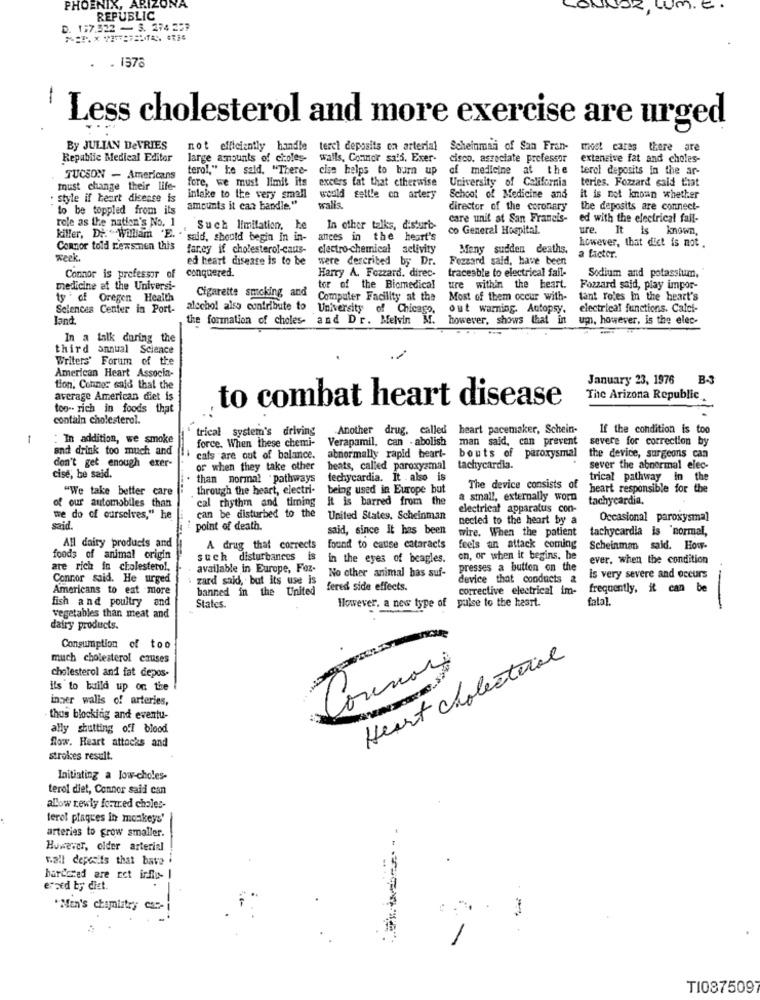
PHOENIX, ARIZONA
LU
E
REPUBLIC
:7.322 - 3. 274 227
. 1378
-
Less cholesterol and more exercise are urged
By JULIAN DeVRIES
not efficiently handle
terci deposits on arterial
Scheinmai of San Fran-
most caras there are
Republic Medical Editor
large amounts of citoles
walls, Connoir sats, Exer-
cisco, associate professor
extensive fat and choles-
terol," he said. "There-
cise helps to burn up
of medicine at the
terol deposits in the ar-
TUCSON - Americans
fore, we must limit its
excers fat that ctherwise
University of California
must change their life-
teries. Fozzard said that
: style if heart disease is
inleke to the very small
would getlle on artery
School of Medicine and
it is not known whether
to be toppled from its
amounts it can handle."
walls
director of the coronary
the deposits are connect-
care unit at San Francis-
ed with the electrical fail-
role as the nation's No. 1
killer, Di. "William 'E. . "
Such limitation, he
In other talks, disturb-
co General Hospital.
ure. It is known,
said, should begin in in-
ances in the heart's
however, that diet is not
Connor told rewsnen this
farey if cholesterol-caus-
electro chemical activity
Meny sudden deaths.
week.
ed heart disease is to be
were described by Dr.
Fozzard said, have been
a factor.
traceable to electrical fall-
Connor is professor of
conquered.
Harry A. Fozzard. direc-
Sodium and potassium,
medicine at the Universi-
tor of the Biomedical
tre within the heart.
Fozzard said, play impor-
ty * of Oregen Health
Cigarette smoking and
Computer Facility at the
Most of them occur with-
tant roles in the heart's
Sciences Center in Port-
alschol also contribute to
University of Chicago,
out warning. Autopsy.
electrical functions. Calci-
Jand.
the formation of choles- and Dr. Melvin
Mr.
however, shows that in
um, however, is the elec-
In a talk during the
third annual Science
-
Writers' Forum of the
American Heart Associa-
January 23, 1976 B-3
tion, Connor said that the
average American diet is
The Arizona Republic
too- rich in foods that
..
to combat heart disease
contain cholesterol.
trical system's driving
Another drug, called heart pacemaker, Schein-
If the condition is too
-
: In addition, we smoke
force. When these chemi-
Verapamil. can - abolish
man said, can prevent
severe for correction by
and drink too much and
don't get enough exer-
cats are out of balance.
abnormally rapid heart-
bouts of paroxysmal
the device, surgeons can
or when they take other
beats, called paroxysmal
tachycardia.
sever the abnormal elec-
cise, he said.
than normal pathways
dechycardia. It . also is
trical pathway In the
"We take better care
through the heart, electri-
being used in Europe but
The device consists of
heart responsible for the
of our automobiles than
cal rhythm and timing
it is barred from the
a small, externally worn
tachycardia,
electrical apparatus con-
we do of ourselves," he
can be disturbed to the
United States, Scheinman
nected to the heart by a
Occasional paroxysmal
said.
point of death.
said, since it has been
wire. When the patient
tachycardia is 'normal,
All dairy products and
A drug that corrects
found to cause cataracts
feels an attack coming
Scheinman said. How-
foods of animal origin
such disturbances is
in the eyes of beagles.
on, or when it begins, he
ever. when the condition
are rich in cholesterol,
available in Europe, Foz-
presses a button on the
Connor said. He urged
zard said, but its use is
No other animal has suf-
device that conducts &
is very severe and occurs
Americans to eat more
banned in the United
fered side effects.
corrective electrical im-
frequently. it can be
fish and poultry and
However, a new type of puise to the heart.
fatal.
States.
vegetables than meat and
dairy products.
Consumption of too
much cholesterol causes
Heart cholesterol
Connor
cholesterol and fat depos-
ils to build up on the
inner walls of arteries,
thus blocking and eventu-
ally shutting off blood
flow. Heart attacks and
strokes result.
Initiating a low-choles-
terol diet, Connor said can
allow newly formed chales-
terol plaques in monkeys'
arterias to grow smaller.
However, older arterial
wall deposits that bave .
bardered are not inffo- 1
erzed by diet.
"Men's chimlitry car-
T1087509